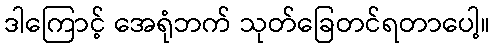
ဒါကြောင့် အေရုံဘက် သုတ်ခြေတင်ရတာပေါ့။